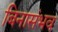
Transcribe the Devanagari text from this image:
बिनासंभव